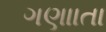
ગણાાતા